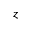
z